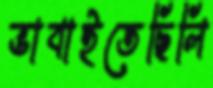
ভাবাইতেছিলি